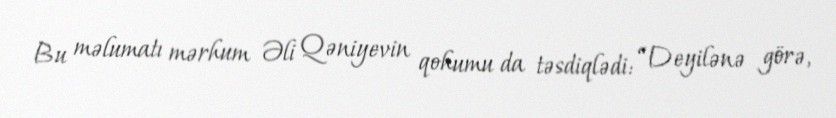
Bu məlumatı mərhum Əli Qəniyevin qohumu da təsdiqlədi: “Deyilənə görə,